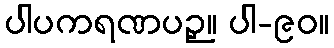
ပါပကရဏပဉှ။ ပါ-၉၀။